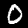
Label: 0